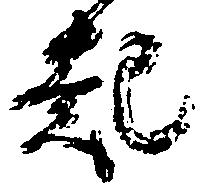
起